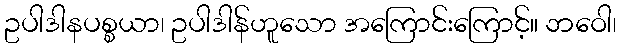
ဥပါဒါနပစ္စယာ၊ ဥပါဒါန်ဟူသော အကြောင်းကြောင့်။ ဘဝေါ၊